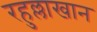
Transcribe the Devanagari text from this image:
रहुल्लाखान